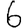
Digit: 6